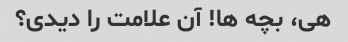
هی، بچه ها! آن علامت را دیدی؟